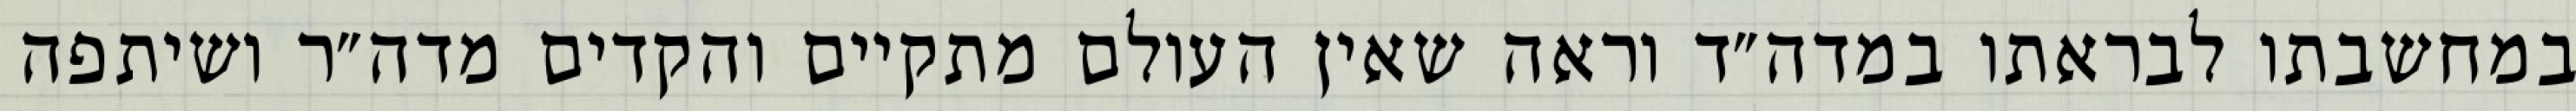
במחשבתו לבראתו במדה״ד וראה שאין העולם מתקיים והקדים מדה״ר ושיתפה